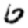
Digit: 6